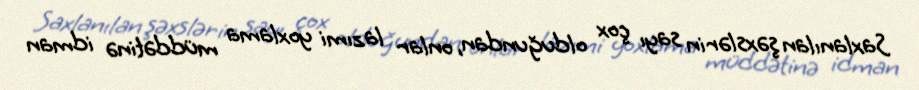
Saxlanılan şəxslərin sayı çox olduğundan, onlar lazımi yoxlama müddətinə idman